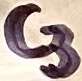
Text: C3